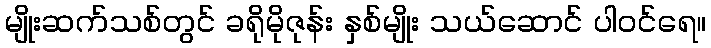
မျိုးဆက်သစ်တွင် ခရိုမိုဇုန်း နှစ်မျိုး သယ်ဆောင် ပါဝင်ရေ။